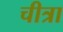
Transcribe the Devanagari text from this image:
चीत्रा